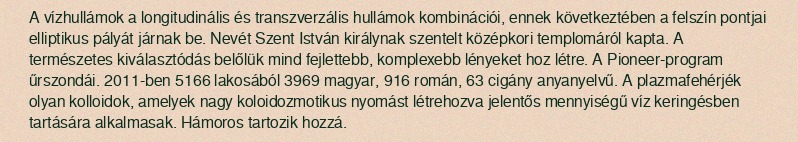
A vízhullámok a longitudinális és transzverzális hullámok kombinációi, ennek következtében a felszín pontjai elliptikus pályát járnak be. Nevét Szent István királynak szentelt középkori templomáról kapta. A természetes kiválasztódás belőlük mind fejlettebb, komplexebb lényeket hoz létre. A Pioneer-program űrszondái. 2011-ben 5166 lakosából 3969 magyar, 916 román, 63 cigány anyanyelvű. A plazmafehérjék olyan kolloidok, amelyek nagy koloidozmotikus nyomást létrehozva jelentős mennyiségű víz keringésben tartására alkalmasak. Hámoros tartozik hozzá.